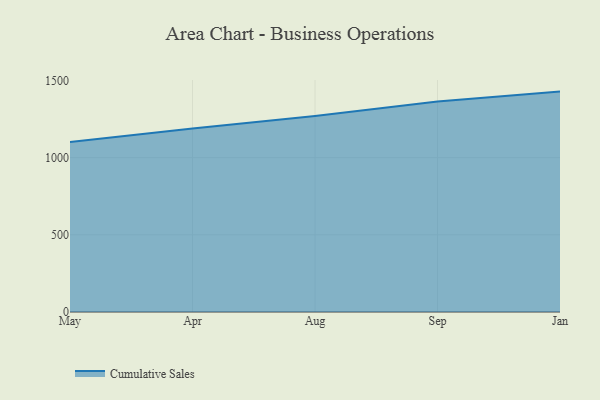
{"axis": {"x": "Month", "y": "Market Share (%)"}, "legend": ["Cumulative Sales"], "data": [{"x": "May", "y": 1101.2, "type": "Cumulative Sales"}, {"x": "Apr", "y": 1188.4, "type": "Cumulative Sales"}, {"x": "Aug", "y": 1269.3, "type": "Cumulative Sales"}, {"x": "Sep", "y": 1362.9, "type": "Cumulative Sales"}, {"x": "Jan", "y": 1427.7, "type": "Cumulative Sales"}]}